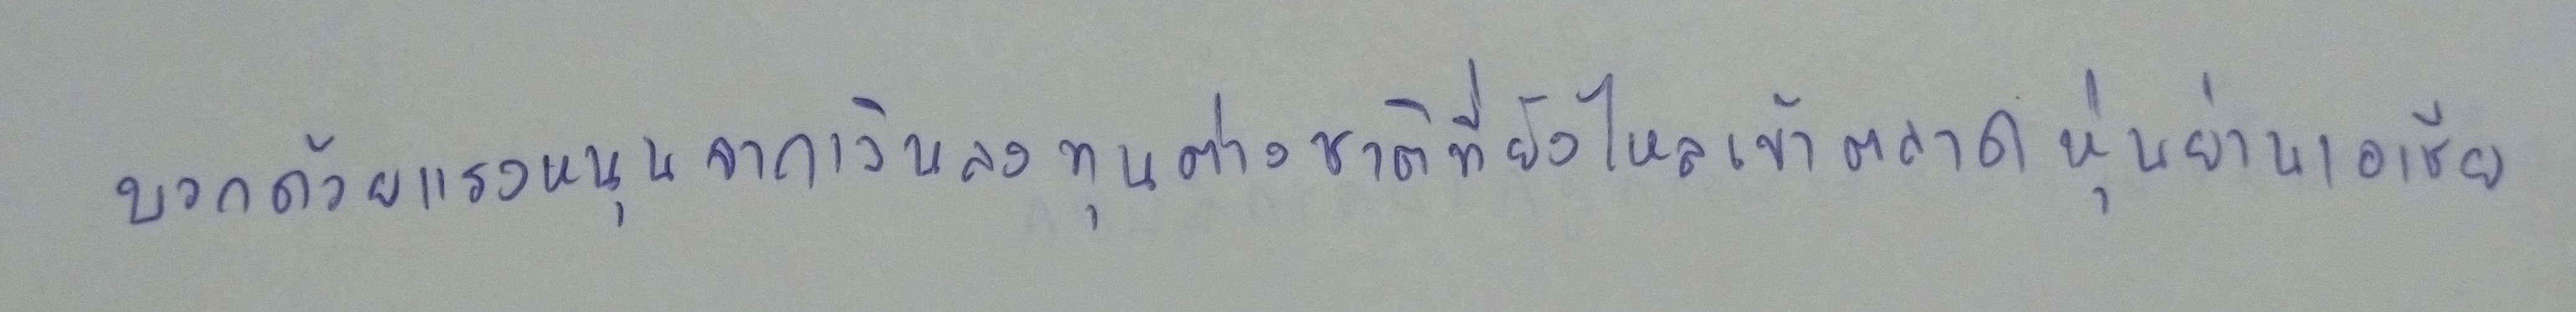
บวกด้วยแรงหนุนจากเงินลงทุนต่างชาติที่ยังไหลเข้าตลาดหุ้นย่านเอเชีย